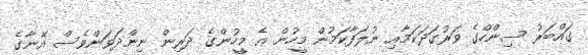
ގައްބަރު ސިންހްގެ ވަރުގަދަކަމާއި ނުލަފާކަމުން މީހުން އެ މީހުންގެ ދަރިން ނިންދަވަންވެސް އޭނާގެ